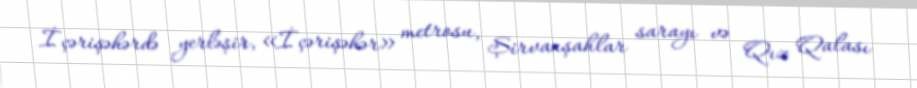
İçərişəhərdə yerləşir, «İçərişəhər» metrosu, Şirvanşahlar sarayı və Qız Qalası